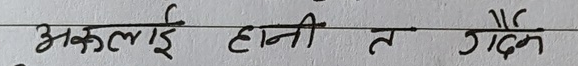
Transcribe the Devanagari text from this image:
अकलाई हानी त गर्दैन